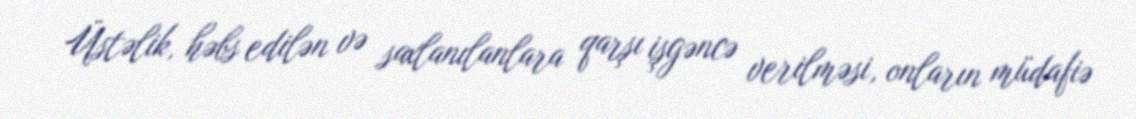
Üstəlik, həbs edilən və saxlanılanlara qarşı işgəncə verilməsi, onların müdafiə